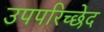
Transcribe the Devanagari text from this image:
उपपरिच्छेद